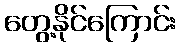
တွေ့နိုင်ကြောင်း